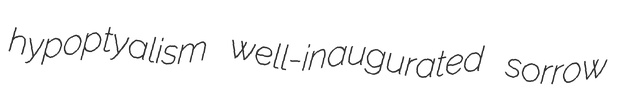
hypoptyalism well-inaugurated sorrow